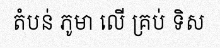
តំបន់ ភូមា លើ គ្រប់ ទិស